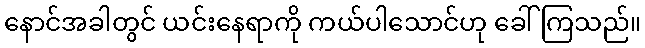
နောင်အခါတွင် ယင်းနေရာကို ကယ်ပါသောင်ဟု ခေါ်ကြသည်။